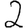
Digit: 2